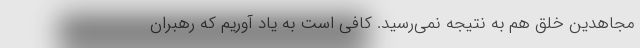
مجاهدین خلق هم به نتیجه نمی‌رسید. کافی است به یاد آوریم که رهبران